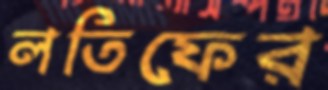
লতিফের